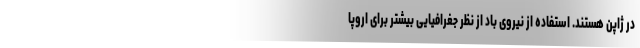
در ژاپن هستند. استفاده از نیروی باد از نظر جغرافیایی بیشتر برای اروپا